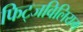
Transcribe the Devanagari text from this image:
फिट्जविलियम